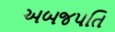
અબજપતિ